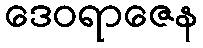
ဒေဝရာဇေန